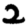
Digit: 2